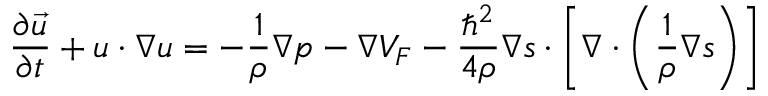
\frac { \partial \vec { u } } { \partial t } + \boldsymbol { u } \cdot \boldsymbol { \nabla } \boldsymbol { u } = - \frac { 1 } { \rho } \boldsymbol { \nabla } p - \boldsymbol { \nabla } V _ { F } - \frac { { \hbar } ^ { 2 } } { 4 \rho } \boldsymbol { \nabla } \boldsymbol { s } \cdot \left[ \boldsymbol { \nabla } \cdot \left( \frac { 1 } { \rho } \boldsymbol { \nabla } \boldsymbol { s } \right) \right]